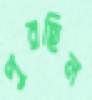
পুরছিল